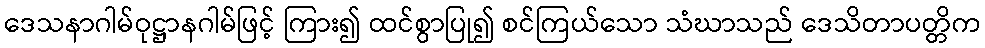
ဒေသနာဂါမ်ဝုဋ္ဌာနဂါမ်ဖြင့် ကြား၍ ထင်စွာပြု၍ စင်ကြယ်သော သံဃာသည် ဒေသိတာပတ္တိက